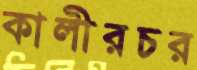
কালীরচর